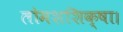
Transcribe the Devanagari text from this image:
लोमशशिक्षा।